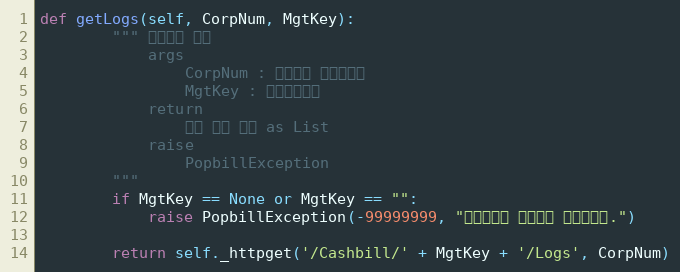
Language: Python
def getLogs(self, CorpNum, MgtKey):
        """ 문서이력 조회
            args
                CorpNum : 팝빌회원 사업자번호
                MgtKey : 문서관리번호
            return
                문서 이력 목록 as List
            raise
                PopbillException
        """
        if MgtKey == None or MgtKey == "":
            raise PopbillException(-99999999, "관리번호가 입력되지 않았습니다.")

        return self._httpget('/Cashbill/' + MgtKey + '/Logs', CorpNum)